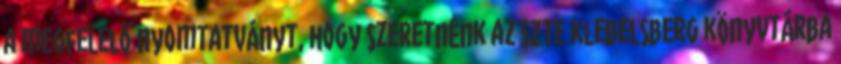
a megfelelő nyomtatványt, hogy szeretnénk az SZTE Klebelsberg könyvtárba